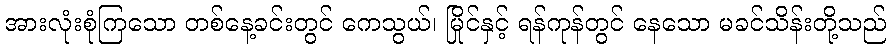
အားလုံးစုံကြသော တစ်နေ့ခင်းတွင် ကေသွယ်၊ မြိုင်နှင့် ရန်ကုန်တွင် နေသော မခင်သိန်းတို့သည်